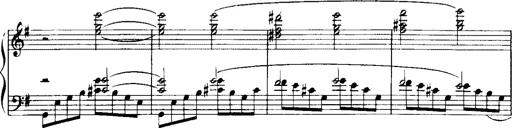
Title: Historische ungarische Bildnisse
Composer: Franz Liszt